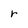
Character: r